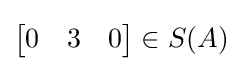
{\begin{bmatrix}0&3&0\end{bmatrix}}\in S(A)